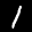
Label: 1